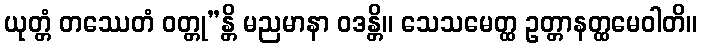
ယုတ္တံ တဿေတံ ဝတ္တု”န္တိ မညမာနာ ဝဒန္တိ။ သေသမေတ္ထ ဥတ္တာနတ္ထမေဝါတိ။